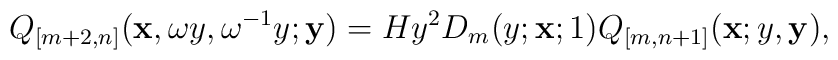
Q_{[m+2,n]}({\bf x},\omega y,\omega^{-1}y;{\bf y})=H y^2D_m(y;{\bf x};1)Q_{[m,n+1]}({\bf x};y,{\bf y}),